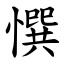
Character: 㦏